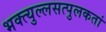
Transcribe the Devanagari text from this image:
भक्त्युल्लसत्पुलकतां